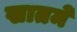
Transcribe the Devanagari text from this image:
खातमे